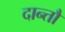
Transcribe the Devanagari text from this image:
दान्तौ